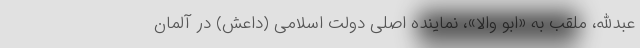
عبدالله، ملقب به «ابو والا»، نماینده اصلی دولت اسلامی (داعش) در آلمان